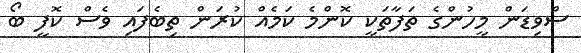
ސްވިޑަން މީހުންގެ ތަފާތަކީ ކޮންމެ ކަމެއް ކުރަން ތިބެފައި ވެސް ކޮފީ ބޯ